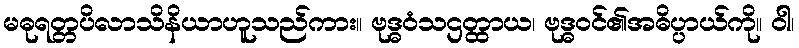
မဓုရတ္တပိလာသိနိယာဟူသည်ကား။ ဗုဒ္ဓဝံသဌတ္ထာယ၊ ဗုဒ္ဓဝင်၏အဓိပ္ပာယ်ကို။ ဝါ၊